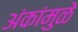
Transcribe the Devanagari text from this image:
अंकांमुळे